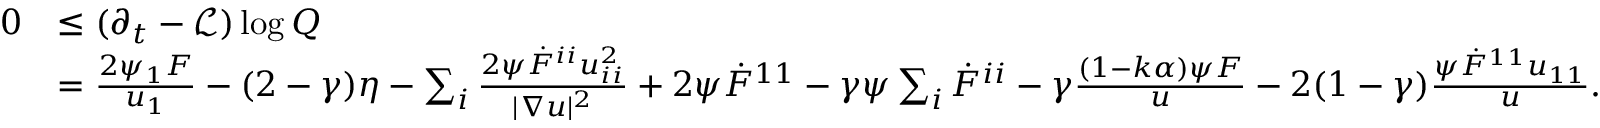
\begin{array} { r l } { 0 } & { \leq ( \partial _ { t } - \mathcal { L } ) \log Q } \\ & { = \frac { 2 \psi _ { 1 } F } { u _ { 1 } } - ( 2 - \gamma ) \eta - \sum _ { i } \frac { 2 \psi \dot { F } ^ { i i } u _ { i i } ^ { 2 } } { | \nabla u | ^ { 2 } } + 2 \psi \dot { F } ^ { 1 1 } - \gamma \psi \sum _ { i } \dot { F } ^ { i i } - \gamma \frac { ( 1 - k \alpha ) \psi F } { u } - 2 ( 1 - \gamma ) \frac { \psi \dot { F } ^ { 1 1 } u _ { 1 1 } } { u } . } \end{array}